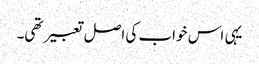
یہی اس خواب کی اصل تعبیر تھی۔